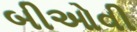
બીઓવી